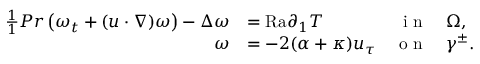
\begin{array} { r l r l } { \frac { 1 } { 1 } { { P r } } \left( \omega _ { t } + ( u \cdot \nabla ) \omega \right) - \Delta \omega } & { = { \mathrm { R a } } \partial _ { 1 } T } & { \textnormal { i n } } & { \Omega , } \\ { \omega } & { = - 2 ( \alpha + \kappa ) u _ { \tau } } & { \textnormal { o n } } & { \gamma ^ { \pm } . } \end{array}